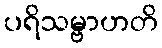
ပရိသမ္ဗာဟတိ